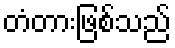
တံတားဖြစ်သည်